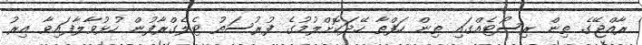
ރާއްޖޭގެ ތިން ރިސޯޓެއްގައި ތިން ހަފްތާ ހޭދަކޮށްލުމުގެ ފުރުސަތު ޓެލެގްރާފުން ހުޅުވާލާފައިވާ އިރު